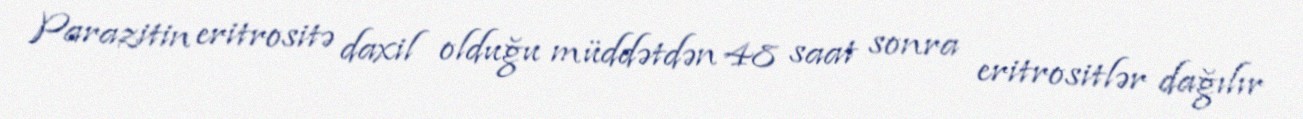
Parazitin eritrositə daxil olduğu müddətdən 48 saat sonra eritrositlər dağılır